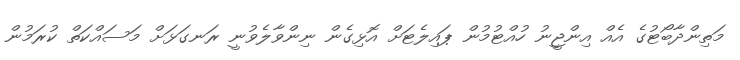
މަތިންދާބޯޓުގެ އެއް އިންޖީނު ހުއްޓުމުން ޕައިލެޓަށް އޮޅިގެން ނިންވާލެވުނީ ރަނގަޅަށް މަސައްކަތް ކުރަމުން